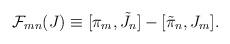
LaTeX: \begin{align*}{\cal F}_{mn} (J) \equiv [\pi_{m}, \tilde{J}_{n}] - [\tilde{\pi}_{n},J_{m}] .\end{align*}